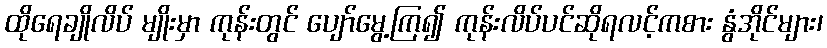
ထိုရေချိုလိပ် မျိုးမှာ ကုန်းတွင် ပျော်မွေ့ကြ၍ ကုန်းလိပ်ပင်ဆိုရလင့်ကစား နွံအိုင်များ၊